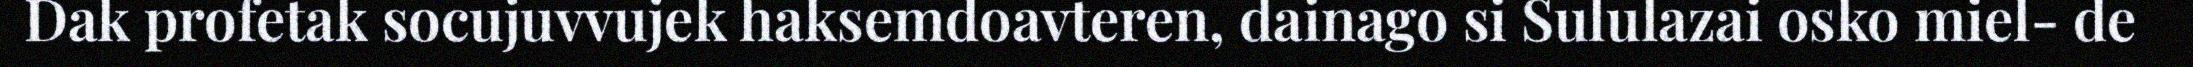
Dak profetak socujuvvujek haksemdoavteren, dainago si Sululazai osko miel- de